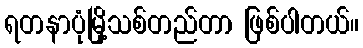
ရတနာပုံမြို့သစ်တည်တာ ဖြစ်ပါတယ်။